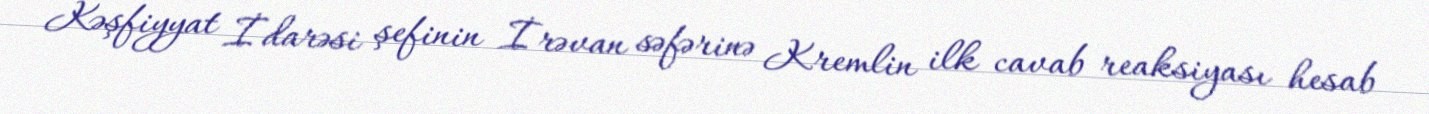
Kəşfiyyat İdarəsi şefinin İrəvan səfərinə Kremlin ilk cavab reaksiyası hesab